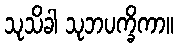
သုသိခါ သုဘပက္ခိကာ။